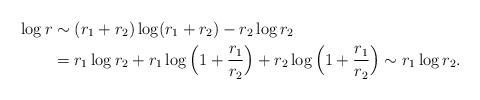
LaTeX: \begin{align*} \log r &\sim (r_1 + r_2)\log (r_1+r_2) -r_2 \log r_2 \\ &=r_1 \log r_2 +r_1 \log \Big( 1+\frac{r_1}{r_2} \Big) +r_2 \log \Big( 1+\frac{r_1}{r_2} \Big) \sim r_1 \log r_2 . \end{align*}